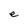
Character: e